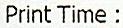
PRINT TIME: